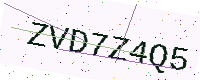
Text: ZVD7Z4Q5